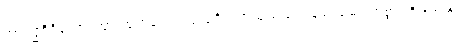
အာရဒ္ဓဝီရိယော၊ အားထုတ်သော လုံလရှိသောသူသည်။ သုခံ၊ ချမ်းသာစွာ။ ဝိဟရတိ၊